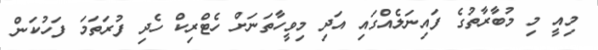
މިއީ މި މުބާރާތުގެ ފައިނަލެއްގައި އަދި މިވީހާތަނަށް ހެޓްރިކް ހެދި ފުރަތަމަ ފަހުކަން